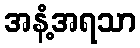
အနံ့အရသာ